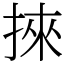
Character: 𢯦